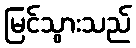
မြင်သွားသည်